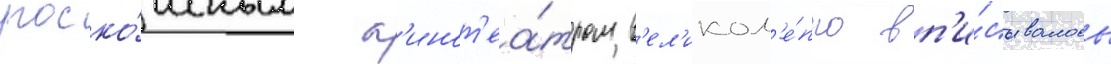
роско́шным к'инот'еа́тром в'ел'икол'е́пно вп'и́сывалось